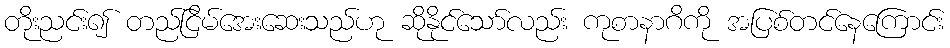
တိုးညင်း၍ တည်ငြိမ်အေးဆေးသည်ဟု ဆိုနိုင်သော်လည်း ကုစာနာဂိကို အပြစ်တင်နေကြောင်း